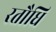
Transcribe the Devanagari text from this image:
रतौधि